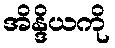
အိန္ဒိယကို